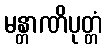
မန္တာဏိပုတ္တံ